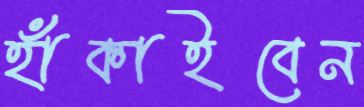
হাঁকাইবেন